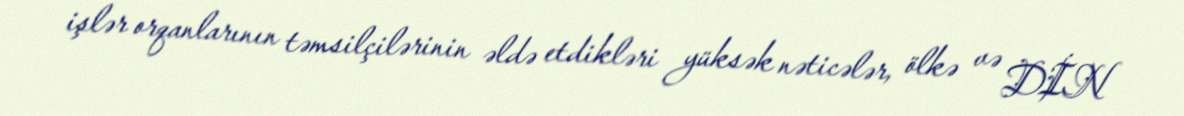
işlər orqanlarının təmsilçilərinin əldə etdikləri yüksək nəticələr, ölkə və DİN